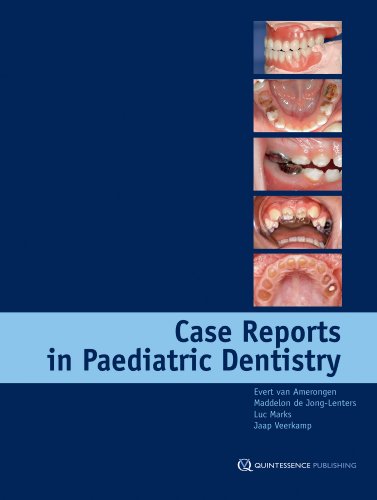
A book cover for Case Reports in Pediatric Dentistry; Evert van Amerongen; Medical Books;